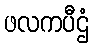
ဖလကပီဌံ